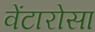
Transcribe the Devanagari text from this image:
वेंटारोसा